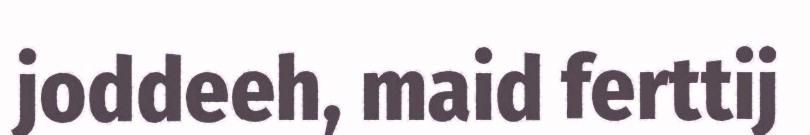
joddeeh, maid ferttij